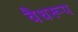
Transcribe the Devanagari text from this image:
वैधरूप